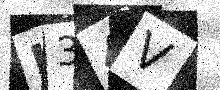
Text: H34V